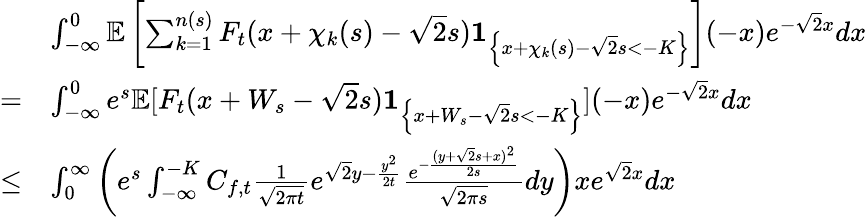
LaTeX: \begin{array}{rl}&{\int_{-\infty}^{0}\mathbb{E}\left[\sum_{k=1}^{n(s)}F_{t}(x+\chi_{k}(s)-\sqrt{2}s)\mathbf{1}_{\left\{ x+\chi_{k}(s)-\sqrt{2}s<-K\right\} }\right](-x)e^{-\sqrt{2}x}dx}\\ {=}&{\int_{-\infty}^{0}e^{s}\mathbb{E}[F_{t}(x+W_{s}-\sqrt{2}s)\mathbf{1}_{\left\{ x+W_{s}-\sqrt{2}s<-K\right\} }](-x)e^{-\sqrt{2}x}dx}\\ {\leq}&{\int_{0}^{\infty}\left(e^{s}\int_{-\infty}^{-K}C_{f,t}\frac{1}{\sqrt{2\pi t}}e^{\sqrt{2}y-\frac{y^{2}}{2t}}\frac{e^{-\frac{(y+\sqrt{2}s+x)^{2}}{2s}}}{\sqrt{2\pi s}}dy\right)xe^{\sqrt{2}x}dx}\end{array}